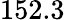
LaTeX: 152.3